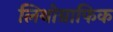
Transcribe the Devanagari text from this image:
लिथोग्राफिक